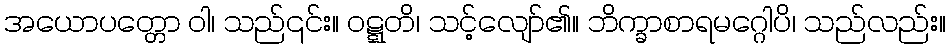
အယောပတ္တော ဝါ၊ သည်၎င်း။ ဝဋ္ဋတိ၊ သင့်လျော်၏။ ဘိက္ခာစာရမဂ္ဂေါပိ၊ သည်လည်း။